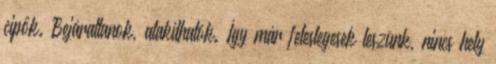
cipők. Bejáratlanok, alakíthatók. Így már feleslegesek leszünk, nincs hely